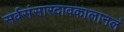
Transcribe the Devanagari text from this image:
सर्वसंसारदावकालानलं